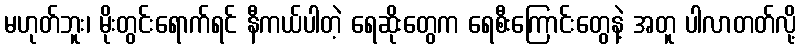
မဟုတ်ဘူး၊ မိုးတွင်းရောက်ရင် နီကယ်ပါတဲ့ ရေဆိုးတွေက ရေစီးကြောင်းတွေနဲ့ အတူ ပါလာတတ်လို့